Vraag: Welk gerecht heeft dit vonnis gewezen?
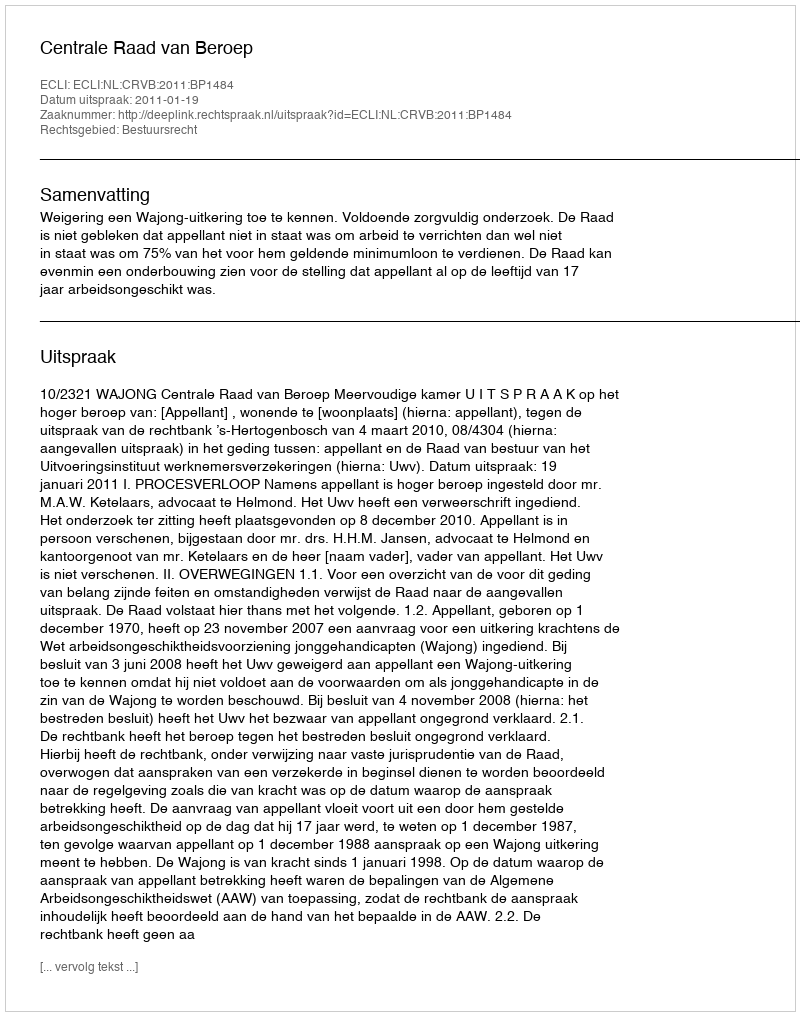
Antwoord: Centrale Raad van Beroep